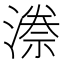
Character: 𭲊